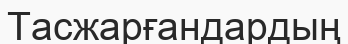
Тасжарғандардың